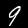
Label: 9